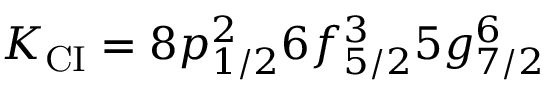
K _ { \mathrm { C I } } = 8 p _ { 1 / 2 } ^ { 2 } 6 f _ { 5 / 2 } ^ { 3 } 5 g _ { 7 / 2 } ^ { 6 }